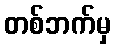
တစ်ဘက်မှ